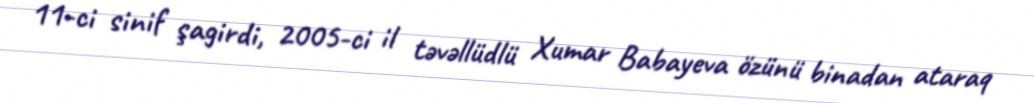
11-ci sinif şagirdi, 2005-ci il təvəllüdlü Xumar Babayeva özünü binadan ataraq